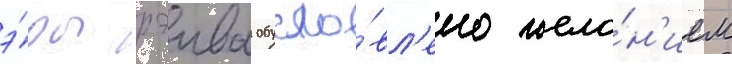
э́ры рэива обусло́вл'ено жела́н'ием